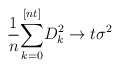
\begin{align*}\frac{1}{n}{\displaystyle\sum_{k=0}^{[nt]}}D_{k}^{2}\rightarrow t\sigma^{2} \end{align*}